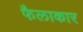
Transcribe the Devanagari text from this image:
फैलाकार